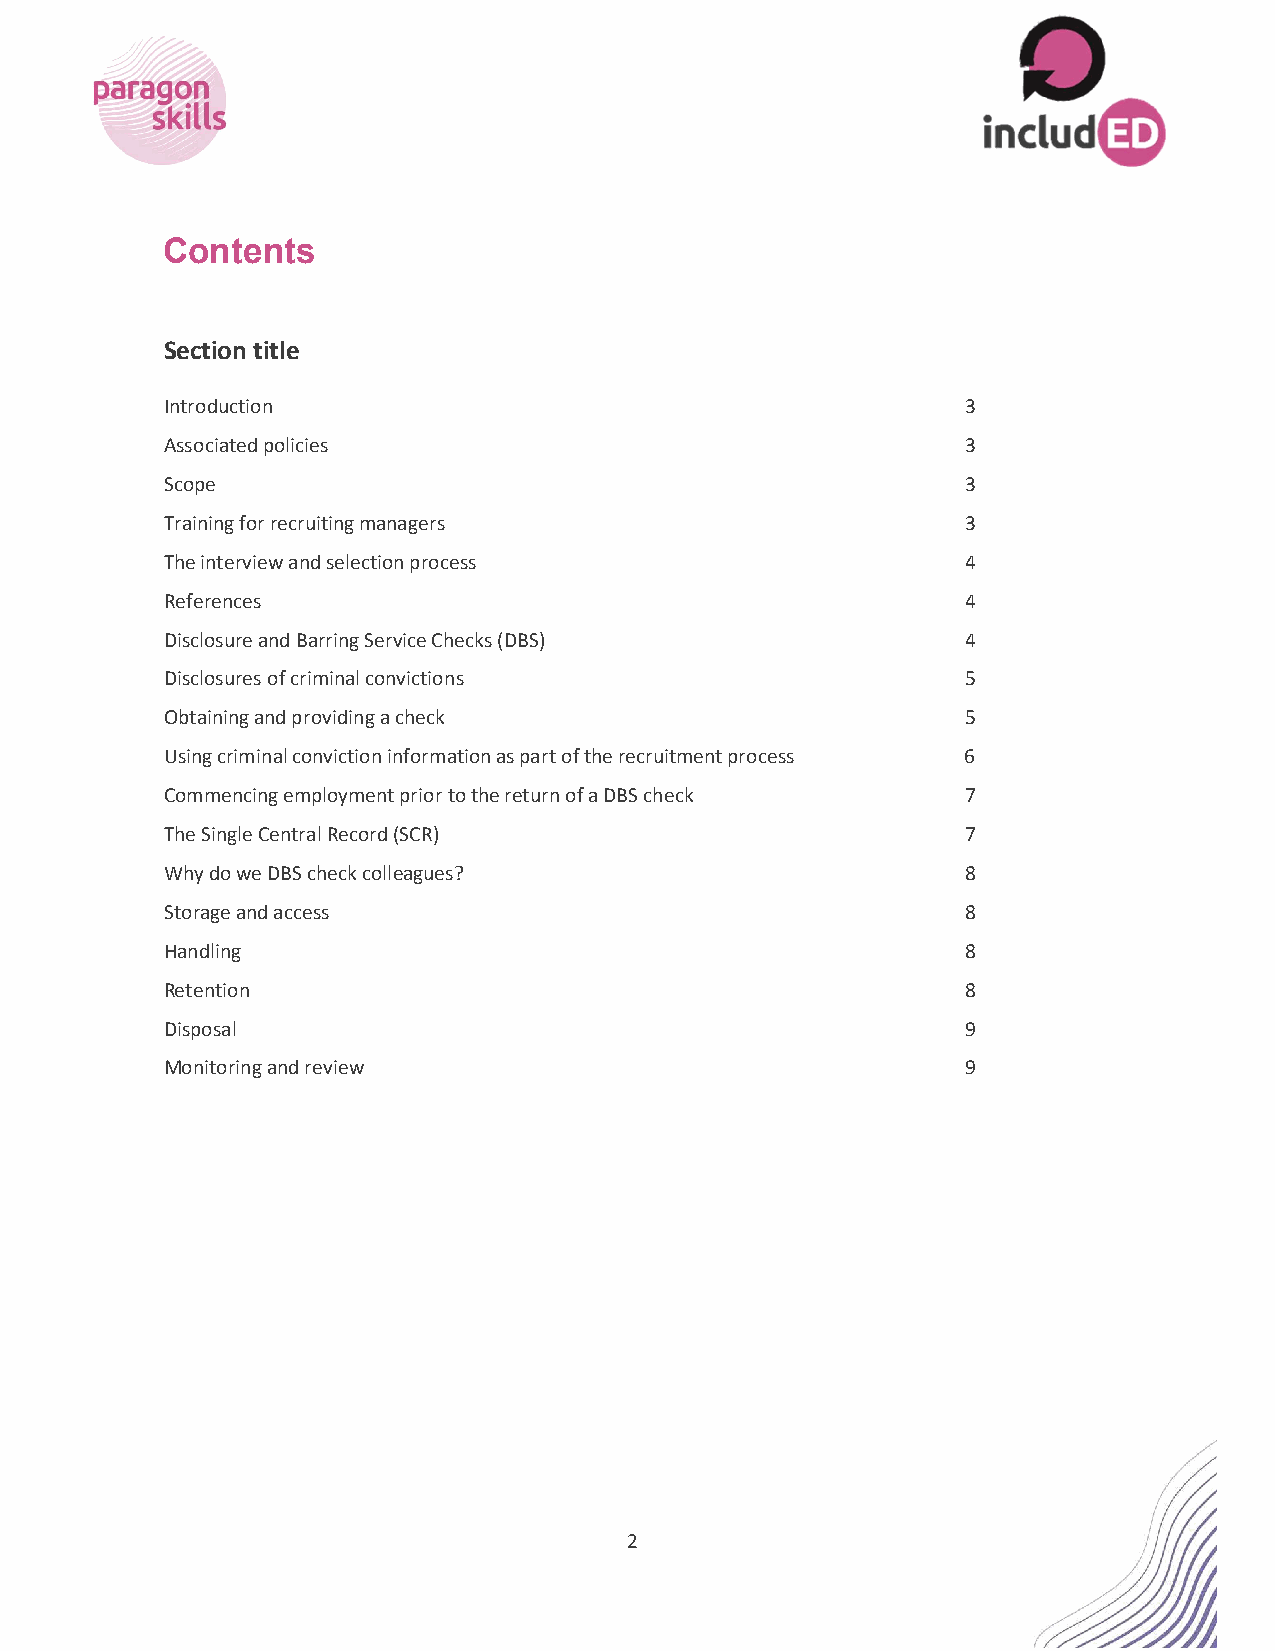
Contents
 Section title
 Introduction                                         3
 Associated policies                                  3
 Scope                                                3
 Training for recruiting managers                     3
 The interview and selection process                  4
 References                                           4
 Disclosure and Barring Service Checks (DBS)          4
 Disclosures of criminal convictions                  5
 Obtaining and providing a check                      5
 Using criminal conviction information as part of the recruitment process 6
 Commencing employment prior to the return of a DBS check 7
 The Single Central Record (SCR)                      7
 Why do we DBS check colleagues?                      8
 Storage and access                                   8
 Handling                                             8
 Retention                                            8
 Disposal                                             9
 Monitoring and review                                9
 2